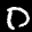
Label: 0